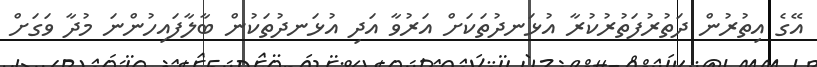
އޭގެ އިތުުރުން ދަތުރުފަތުރުކުރާ އުޅަނދުތަކަށް އަރުވާ އަދި އުޅަނދުތަކުން ބާލާފައިހުންނަ މުދާ ވަގަށް